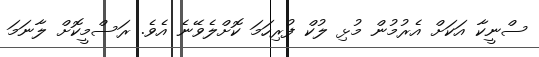
ސްނީކާ އަކަށް އެރުމުން މުޅި ލުކް ފުރިހަމަ ކޮށްލެވޭނެ އެވެ. ރަސްމީކޮށް ލާނަމަ